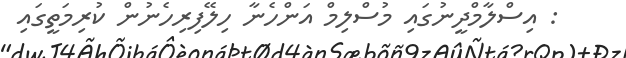
: އިސްލާމްދީނުގައި މުސްލިމް އަންހެނާ ހިލޭފިރިހެނުން ކުރިމަތީގައި